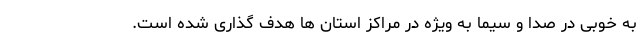
به خوبی در صدا و سیما به ویژه در مراکز استان ها هدف گذاری شده است.